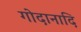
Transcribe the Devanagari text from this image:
गोदानादि